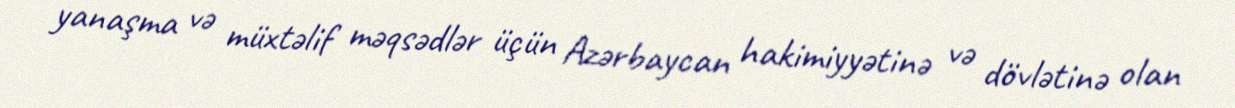
yanaşma və müxtəlif məqsədlər üçün Azərbaycan hakimiyyətinə və dövlətinə olan